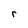
Character: r